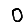
Digit: 0